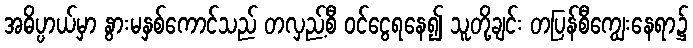
အဓိပ္ပာယ်မှာ နွားမနှစ်ကောင်သည် တလှည့်စီ ဝင်ငွေရနေ၍ သူတို့ချင်း တပြန်စီကျွေးနေရာ၌